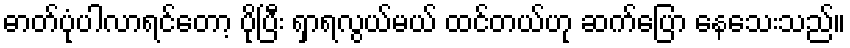
ဓာတ်ပုံပါလာရင်တော့ ပိုပြီး ရှာရလွယ်မယ် ထင်တယ်ဟု ဆက်ပြော နေသေးသည်။